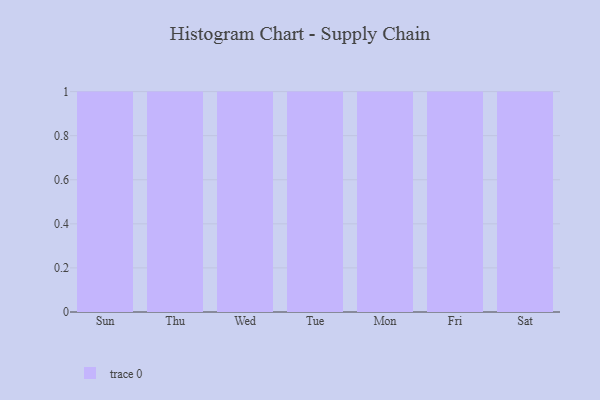
{"axis": {"x": "Day", "y": "Satisfaction Score"}, "legend": [""], "data": [{"x": "Sun", "y": 34, "type": ""}, {"x": "Thu", "y": 63, "type": ""}, {"x": "Wed", "y": 76, "type": ""}, {"x": "Tue", "y": 31, "type": ""}, {"x": "Mon", "y": 4, "type": ""}, {"x": "Fri", "y": 93, "type": ""}, {"x": "Sat", "y": 71, "type": ""}]}